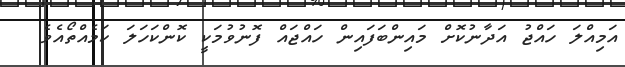
އަމިއްލަ ހައްޖު އަދާނުކޮށް މައިންބަފައިން ހައްޖައް ފޮނުވުމަކީ ކޮންކަހަލަ ކަމެއްތޯއެވެ